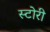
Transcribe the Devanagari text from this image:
स्‍टोरी